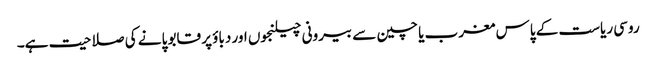
روسی ریاست کے پاس مغرب یا چین سے بیرونی چیلنجوں اور دباؤ پر قابو پانے کی صلاحیت ہے۔